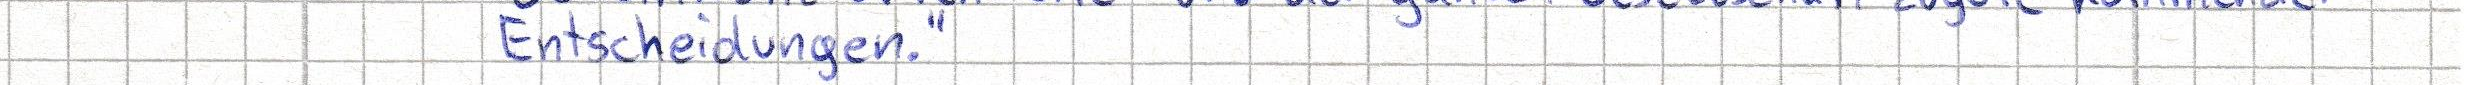
Entscheidungen."